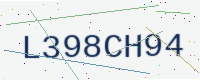
Text: L398CH94